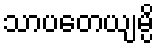
သာပတေယျမ္ပိ